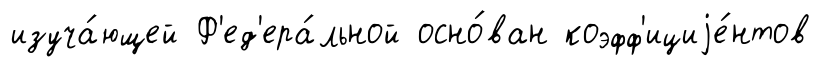
изуча́ющей Ф'ед'ера́льной осно́ван коэфф'ициjе́нтов